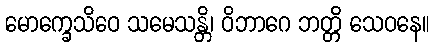
မောက္ခေသိဝေ သမေသန္တိ၊ ဝိဘာဂေ ဘတ္တိ သေဝနေ။